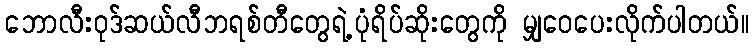
ဘောလီးဝုဒ်ဆယ်လီဘရစ်တီတွေရဲ့ပုံရိပ်ဆိုးတွေကို မျှဝေပေးလိုက်ပါတယ်။